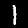
Label: 1